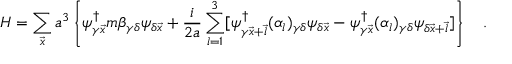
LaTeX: H = \sum _ { \vec { x } } a ^ { 3 } \left\{ \psi _ { \gamma \vec { x } } ^ { \dagger } m \beta _ { \gamma \delta } \psi _ { \delta \vec { x } } + \frac { i } { 2 a } \sum _ { l = 1 } ^ { 3 } [ \psi _ { \gamma \vec { x } + \vec { l } } ^ { \dagger } ( \alpha _ { l } ) _ { \gamma \delta } \psi _ { \delta \vec { x } } - \psi _ { \gamma \vec { x } } ^ { \dagger } ( \alpha _ { l } ) _ { \gamma \delta } \psi _ { \delta \vec { x } + \vec { l } } ] \right\} \quad .